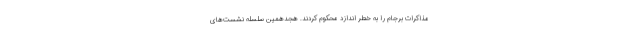
مذاکرات برجام را به خطر اندازد محکوم کردند. هجدهمین سلسله نشست‌های